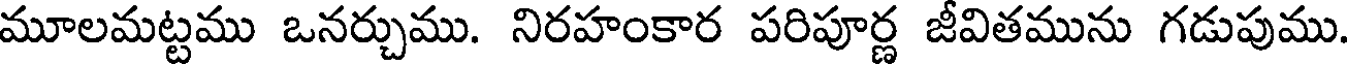
మూలమట్టము ఒనర్చుము. నిరహంకార పరిపూర్ణ జీవితమును గడుపుము